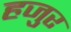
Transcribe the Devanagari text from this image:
हजुर